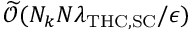
\widetilde { \mathcal { O } } ( N _ { k } N \lambda _ { \mathrm { T H C } , \mathrm { S C } } / \epsilon )